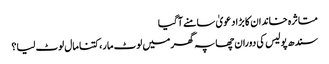
متاثرہ خاندان کا بڑا دعویٰ سامنے آگیا
سندھ پولیس کی دوران چھاپہ گھر میں لوٹ مار، کتنا مال لوٹ لیا؟